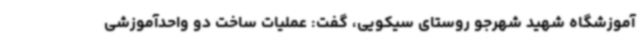
آموزشگاه شهید شهرجو روستای سیکویی، گفت: عملیات ساخت دو واحدآموزشی